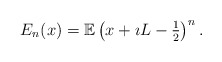
\begin{align*}E_{n}(x) = \mathbb{E} \left( x + \imath L - \tfrac{1}{2} \right)^{n}.\end{align*}